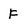
Character: F